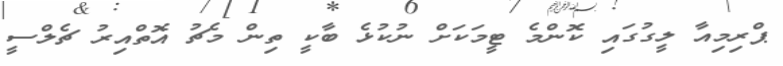
ޕްރިމިއާ ލީގުގައި ކޮންމެ ޓީމަކަށް ނުކުޅެ ބާކީ ތިން މެޗު އޮތްއިރު ޗެލްސީ